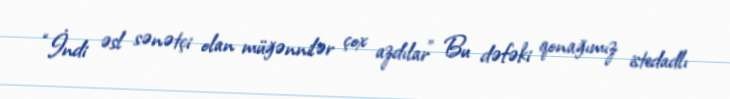
“İndi əsl sənətçi olan müğənnilər çox azdılar” Bu dəfəki qonağımız istedadlı